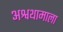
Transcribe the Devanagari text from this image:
अश्वथामाला